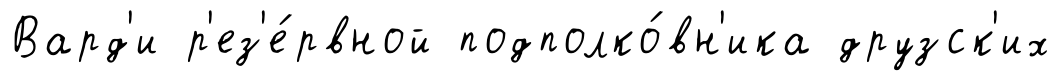
Вард'и р'ез'е́рвной подполко́вн'ика друзск'их